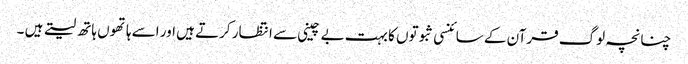
چنانچہ لوگ قرآن کے سائنسی ثبوتوں کا بہت بے چینی سے انتظار کرتے ہیں اور اسے ہاتھوں ہاتھ لیتے ہیں ۔